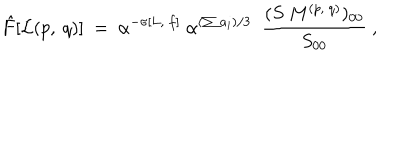
LaTeX: { \hat { F } } [ { \cal L } ( p , ~ q ) ] ~ = ~ \alpha ^ { - \sigma [ L , ~ f ] } ~ { \alpha } ^ { ( \sum a _ { i } ) / 3 } ~ ~ { \frac { ( S ~ M ^ { ( p , ~ q ) } ) _ { 0 0 } } { S _ { 0 0 } } } ~ ,